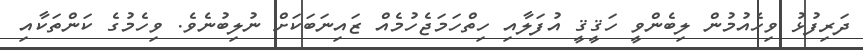
ދަރިފުޅު ވިހެއުމުން ލިބެންވީ ހަޤީޤީ އުފަލާއި ހިތްހަމަޖެހުމެއް ޒައިނަބަކަށް ނުލިބުނެވެ. ވިހެމުގެ ކަންތަކާއި